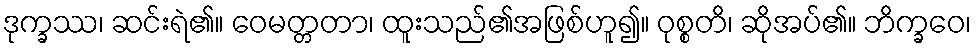
ဒုက္ခဿ၊ ဆင်းရဲ၏။ ဝေမတ္တတာ၊ ထူးသည်၏အဖြစ်ဟူ၍။ ဝုစ္စတိ၊ ဆိုအပ်၏။ ဘိက္ခဝေ၊